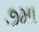
૭મા